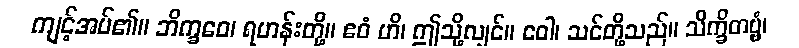
ကျင့်အပ်၏။ ဘိက္ခဝေ၊ ရဟန်းတို့။ ဧဝံ ဟိ၊ ဤသို့လျှင်။ ဝေါ၊ သင်တို့သည်။ သိက္ခိတဗ္ဗံ၊